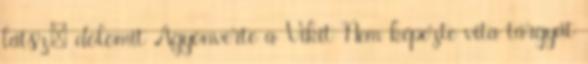
látsz: dolomit Agyonverte a Vikit Nem képezte vita tárgyát